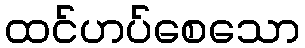
ထင်ဟပ်စေသော